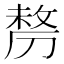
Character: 剺